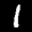
Label: 1